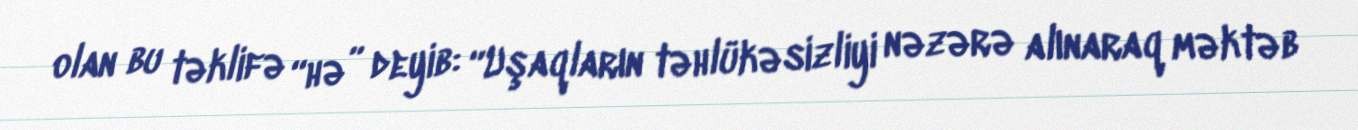
olan bu təklifə “hə” deyib: “Uşaqların təhlükəsizliyi nəzərə alınaraq məktəb